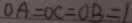
O A = O C = O B = 1